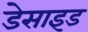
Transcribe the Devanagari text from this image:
डेसाइड